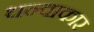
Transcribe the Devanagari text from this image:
धन्वाकार